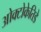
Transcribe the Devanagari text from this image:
ओक्टोकेतिडे